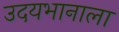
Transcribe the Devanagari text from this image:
उदयभानाला